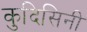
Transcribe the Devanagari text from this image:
कुदिसिनी